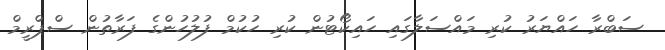
ސަބްރާ ހައްޔަރު ކުރި މައްސަލާގައި ހައިކޯޓުން ކުރި ހުކުމް ފުލުހުންގެ ފަރާތުން ސްޕްރީމް